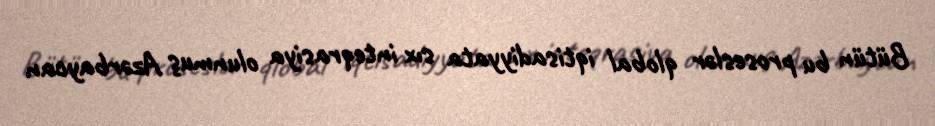
Bütün bu proseslər qlobal iqtisadiyyata sıx inteqrasiya olunmuş Azərbaycan